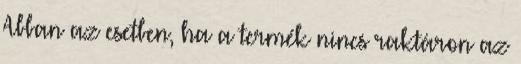
Abban az esetben, ha a termék nincs raktáron az